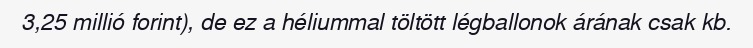
3,25 millió forint), de ez a héliummal töltött légballonok árának csak kb.